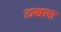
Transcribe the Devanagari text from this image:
टाखाया